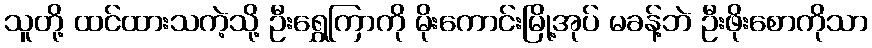
သူတို့ ထင်ထားသကဲ့သို့ ဦးရွှေကြာကို မိုးကောင်းမြို့အုပ် မခန့်ဘဲ ဦးဖိုးစောကိုသာ